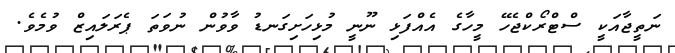
ނަތީޖާއަކީ ސްޓްރޯކްޖެހޭ މީހާގެ އެއްފަޅި ނޫނީ މުޅިހަށިގަނޑު ވާވުން ނުވަތަ ޕެރަލައިޒް ވުމެވެ.